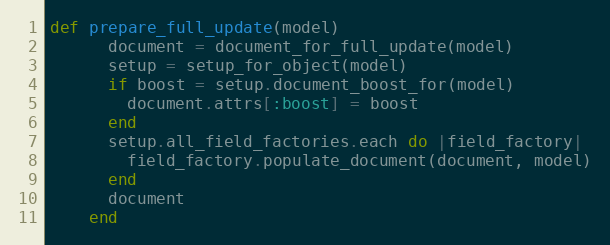
Language: Ruby
def prepare_full_update(model)
      document = document_for_full_update(model)
      setup = setup_for_object(model)
      if boost = setup.document_boost_for(model)
        document.attrs[:boost] = boost
      end
      setup.all_field_factories.each do |field_factory|
        field_factory.populate_document(document, model)
      end
      document
    end